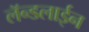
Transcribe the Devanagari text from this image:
लॅन्डलाईन